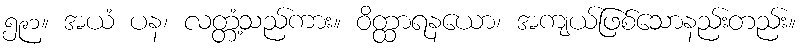
၅၉၁။ အယံ ပန၊ လတ္တံ့သည်ကား။ ဝိတ္ထာရနယော၊ အကျယ်ဖြစ်သောနည်းတည်း။